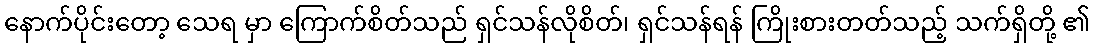
နောက်ပိုင်းတော့ သေရ မှာ ကြောက်စိတ်သည် ရှင်သန်လိုစိတ်၊ ရှင်သန်ရန် ကြိုးစားတတ်သည့် သက်ရှိတို့ ၏